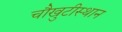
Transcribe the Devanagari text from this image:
चौखुटीस्थान